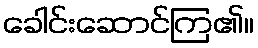
ခေါင်းဆောင်ကြ၏။